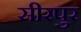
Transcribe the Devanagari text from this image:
सीरपुर